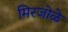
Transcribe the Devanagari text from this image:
मिरजोळे